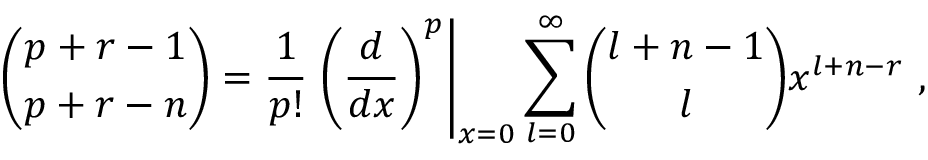
{ \binom { p + r - 1 } { p + r - n } } = { \frac { 1 } { p ! } } \left. { \left( { \frac { d } { d x } } \right) ^ { p } } \right\vert _ { x = 0 } \sum _ { l = 0 } ^ { \infty } { \binom { l + n - 1 } { l } } x ^ { l + n - r } \ ,